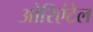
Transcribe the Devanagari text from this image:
ओरिएंटेल